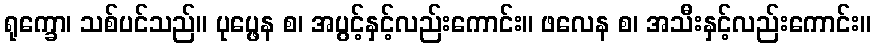
ရုက္ခော၊ သစ်ပင်သည်။ ပုပ္ဖေန စ၊ အပွင့်နှင့်လည်းကောင်း။ ဖလေန စ၊ အသီးနှင့်လည်းကောင်း။